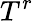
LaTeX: T^{r}